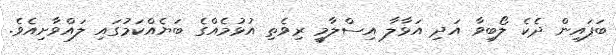
ބަފައިން ދެކެ ލޯބިވާ އަދި އަޅާލާ އިސްލާމީ ރިވެތި އުޅުމެއްގެ ބަޔެއްކަމުގައި ލައްވާށިއެވެ.